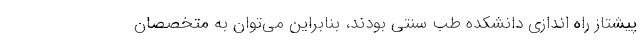
پیشتاز راه اندازی دانشکده طب سنتی بودند، بنابراین می‌توان به متخصصان